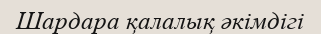
Шардара қалалық әкімдігі